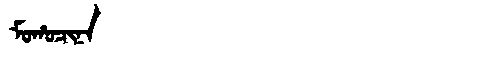
Manchu: ᠮᠣᡥᠣᠴᡳᠨᠠ
Romanization: MOHOCINA